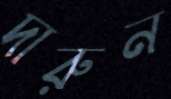
দারুন